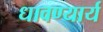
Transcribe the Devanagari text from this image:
धावण्यार्य